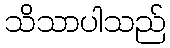
သိသာပါသည်